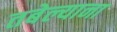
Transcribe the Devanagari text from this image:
तबेल्याना